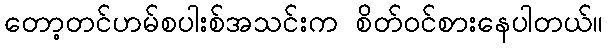
တော့တင်ဟမ်စပါးစ်အသင်းက စိတ်ဝင်စားနေပါတယ်။